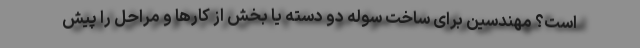
است؟ مهندسین برای ساخت سوله دو دسته یا بخش از کارها و مراحل را پیش